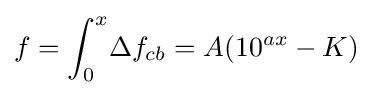
f=\int _{0}^{x}\!{\Delta f_{cb}}=A(10^{ax}-K)